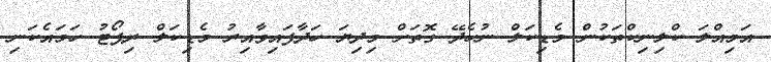
އަމިއްލަ ކްލިނިކްތަކުން މެޑިކަލް ނުހެދޭ ގޮތަށް މިދިޔަ ހަދާފައިވާއިރު މެޑިކަލް ރިޕޯޓު ހަމައެކަނި